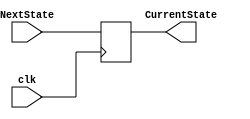
module Controller_Reg(NextState, CurrentState, clk);    
    input   clk;
    input   	[5:0] NextState;
    output reg	[5:0] CurrentState;

    always @ (posedge clk) begin
        CurrentState <= NextState;
    end
endmodule